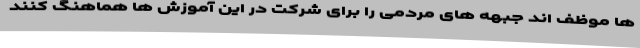
ها موظف اند جبهه های مردمی را برای شرکت در این آموزش ها هماهنگ کنند